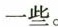
一些。